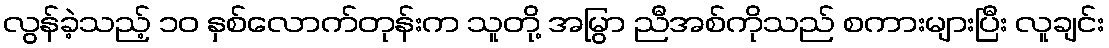
လွန်ခဲ့သည့် ၁၀ နှစ်လောက်တုန်းက သူတို့ အမြွာ ညီအစ်ကိုသည် စကားများပြီး လူချင်း